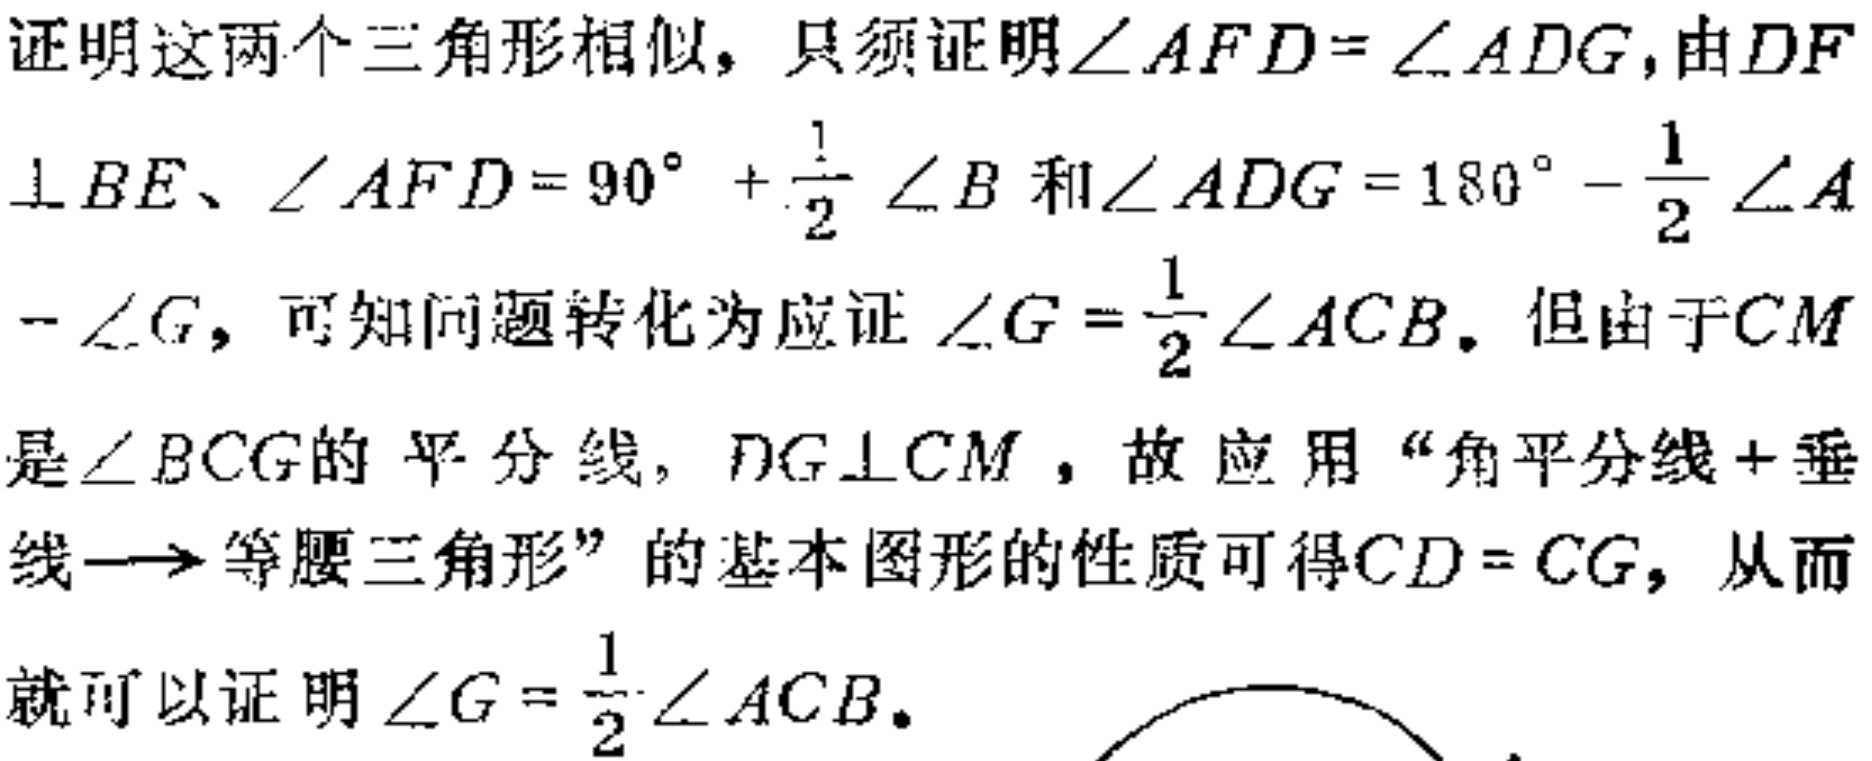
证明这两个三角形相似，只须证明\(\angle AFD = \angle ADG\)，由\(DF\perp BE\)、\(\angle AFD = 90^{\circ}+\frac{1}{2}\angle B\)和\(\angle ADG = 180^{\circ}-\frac{1}{2}\angle A-\angle G\)，可知问题转化为应证\(\angle G=\frac{1}{2}\angle ACB\)。但由于\(CM\)是\(\angle BCG\)的平分线，\(DG\perp CM\)，故应用“角平分线+垂线\(\rightarrow\)等腰三角形”的基本图形的性质可得\(CD = CG\)，从而就可以证明\(\angle G=\frac{1}{2}\angle ACB\)。